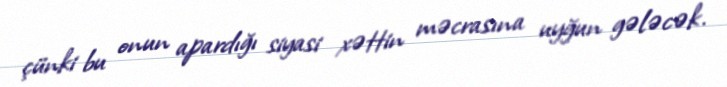
çünki bu onun apardığı siyasi xəttin məcrasına uyğun gələcək.